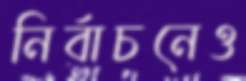
নির্বাচনেও